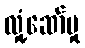
လှုံ့ဆော်မှု